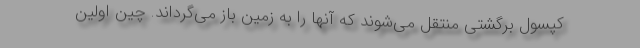
کپسول برگشتی منتقل می‌شوند که آنها را به زمین باز می‌گرداند. چین اولین